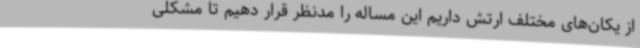
از یکان‌های مختلف ارتش داریم این مساله را مدنظر قرار دهیم تا مشکلی